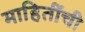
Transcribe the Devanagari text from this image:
माहितींची